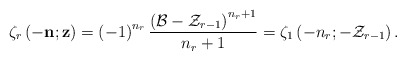
\begin{align*}\zeta_{r}\left(-\mathbf{n};\mathbf{z}\right)=\left(-1\right)^{n_{r}}\frac{\left(\mathcal{B}-\mathcal{Z}_{r-1}\right)^{n_{r}+1}}{n_{r}+1}=\zeta_{1}\left(-n_{r};-\mathcal{Z}_{r-1}\right).\end{align*}